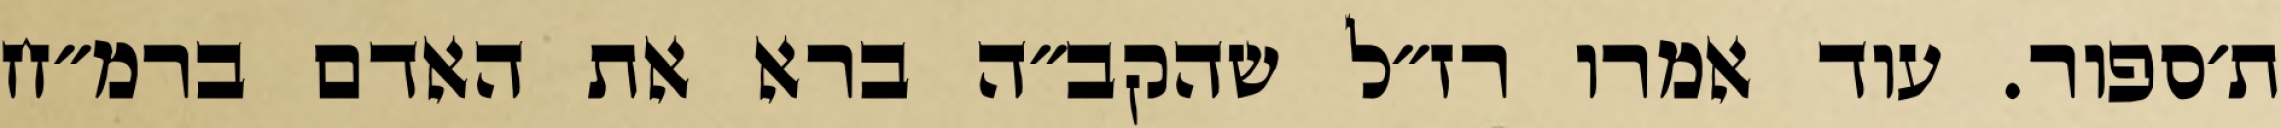
ת׳ספור. עוד אמרו רז״ל שהקב״ה ברא את האדם ברמ״ח